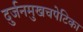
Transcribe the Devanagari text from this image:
दुर्जनमुखचपेटिका